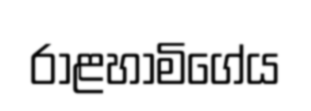
රාළහාමිගේය